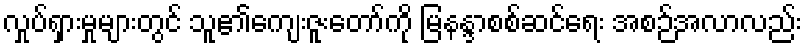
လှုပ်ရှားမှုများတွင် သူ၏ကျေးဇူးတော်ကို မြနန္ဒာစစ်ဆင်ရေး အစဉ်အလာလည်း